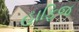
હાફિજ